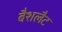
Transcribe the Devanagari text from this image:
बैशलैट